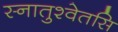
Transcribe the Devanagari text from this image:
स्नातुश्वेतसि